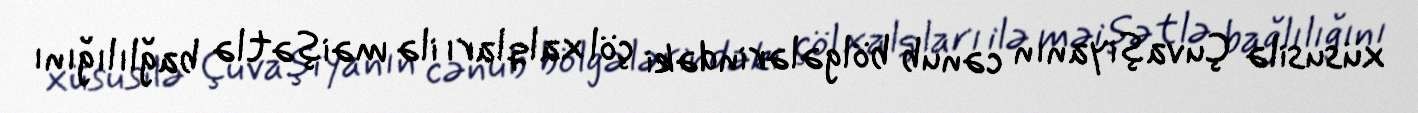
xüsusilə Çuvaşiyanın cənub bölgələrindəki çöl xalqları ilə məişətlə bağlılığını